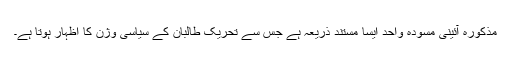
مذکورہ آئینی مسودہ واحد ایسا مستند ذریعہ ہے جس سے تحریک طالبان کے سیاسی وژن کا اظہار ہوتا ہے۔